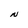
Character: N